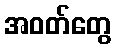
အဝတ်တွေ